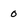
Character: 0